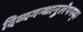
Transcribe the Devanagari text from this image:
दिव्यगन्धानुलेपनम्‌।